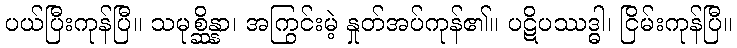
ပယ်ပြီးကုန်ပြီ။ သမုစ္ဆိန္နာ၊ အကြွင်းမဲ့ နှုတ်အပ်ကုန်၏။ ပဋိပဿဒ္ဓါ၊ ငြိမ်းကုန်ပြီ။